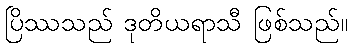
ပြိဿသည် ဒုတိယရာသီ ဖြစ်သည်။